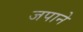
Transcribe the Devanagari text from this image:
जपाने